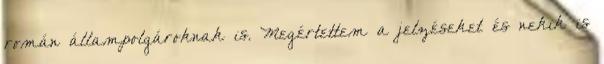
román állampolgároknak is. Megértettem a jelzéseket és nekik is